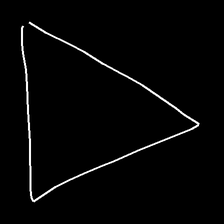
Glyph: convergence